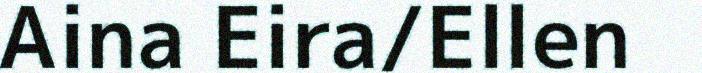
Aina Eira/Ellen